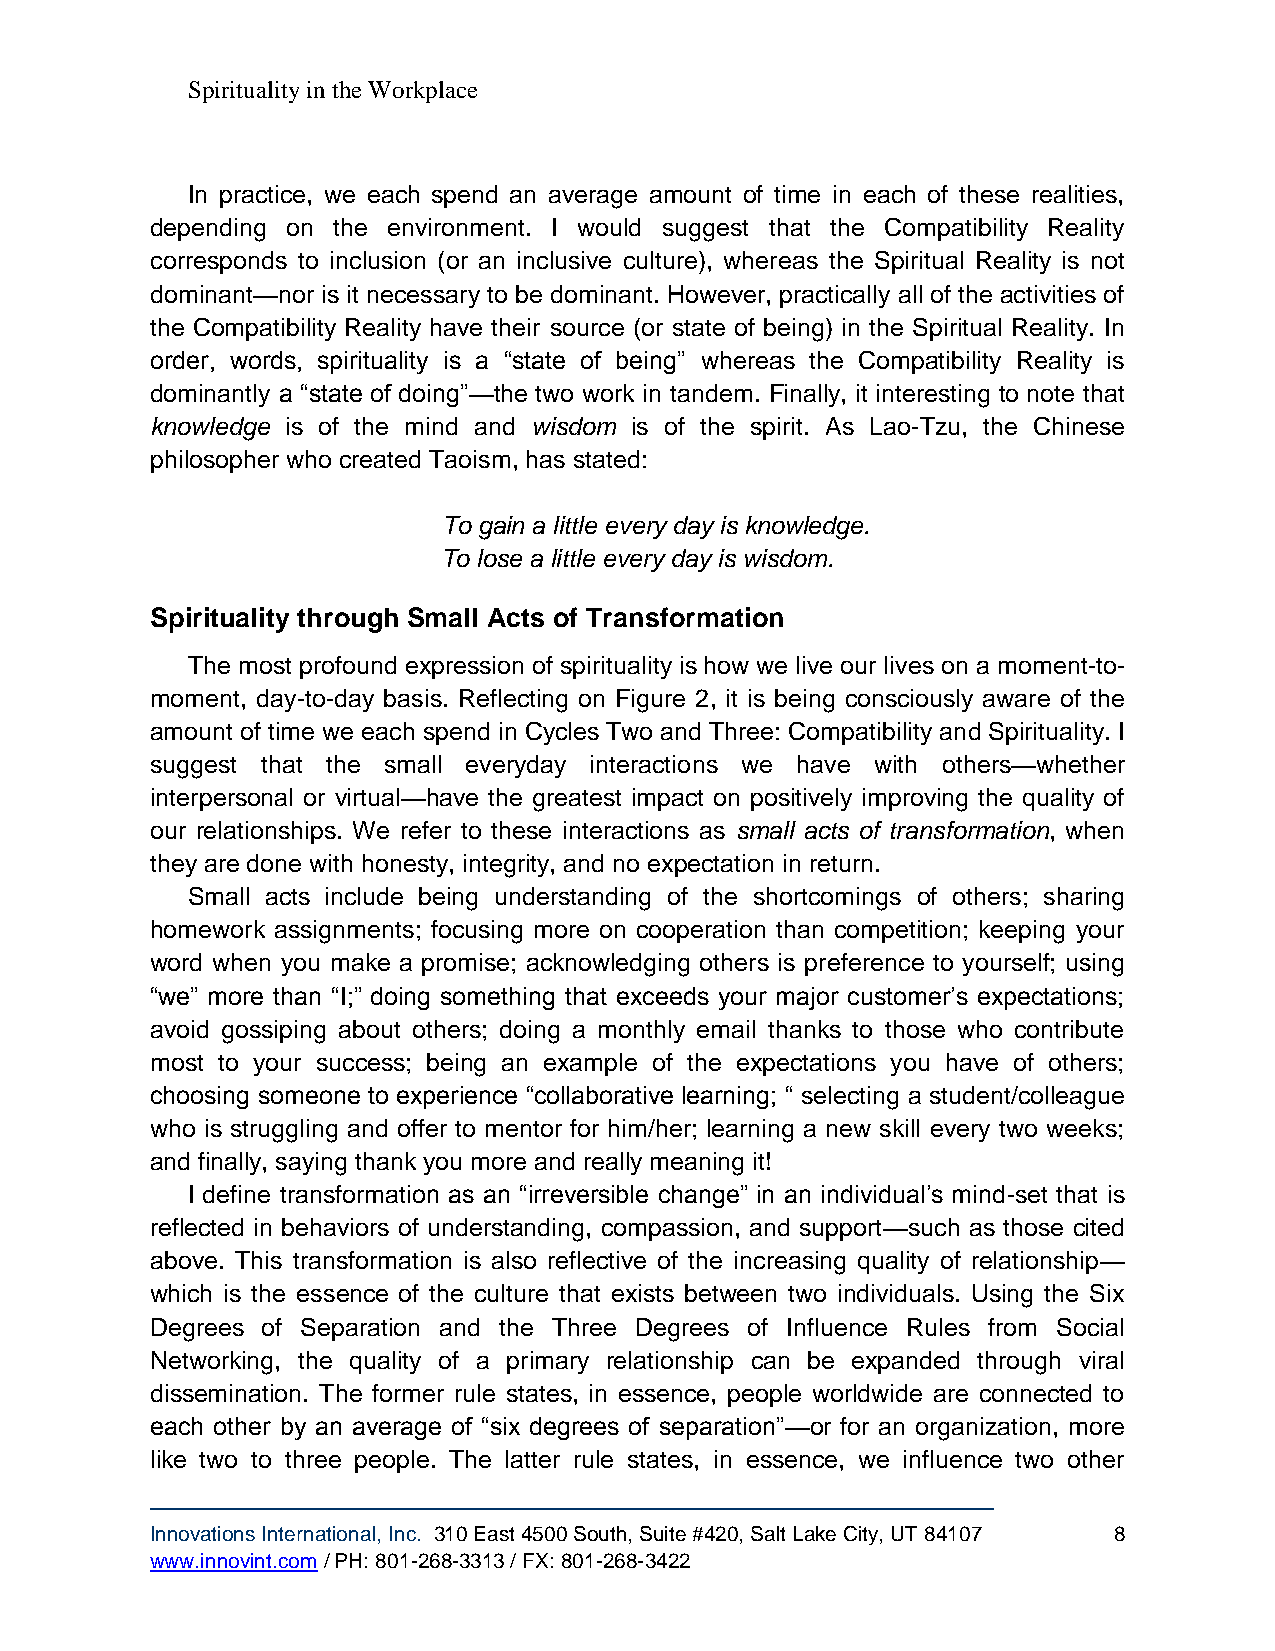
Spirituality in the Workplace
 In practice, we each spend an average amount of time in each of these realities,
 depending on the environment. I would suggest that the Compatibility Reality
 corresponds to inclusion (or an inclusive culture), whereas the Spiritual Reality is not
 dominant—nor is it necessary to be dominant. However, practically all of the activities of
 the Compatibility Reality have their source (or state of being) in the Spiritual Reality. In
 order, words, spirituality is a “state of being” whereas the Compatibility Reality is
 dominantly a “state of doing”—the two work in tandem. Finally, it interesting to note that
 knowledge is of the mind and wisdom is of the spirit. As Lao-Tzu, the Chinese
 philosopher who created Taoism, has stated:
 To gain a little every day is knowledge.
 To lose a little every day is wisdom.
 Spirituality through Small Acts of Transformation
 The most profound expression of spirituality is how we live our lives on a moment-to-
 moment, day-to-day basis. Reflecting on Figure 2, it is being consciously aware of the
 amount of time we each spend in Cycles Two and Three: Compatibility and Spirituality. I
 suggest that the small everyday interactions we have with others—whether
 interpersonal or virtual—have the greatest impact on positively improving the quality of
 our relationships. We refer to these interactions as small acts of transformation, when
 they are done with honesty, integrity, and no expectation in return.
 Small acts include being understanding of the shortcomings of others; sharing
 homework assignments; focusing more on cooperation than competition; keeping your
 word when you make a promise; acknowledging others is preference to yourself; using
 “we” more than “I;” doing something that exceeds your major customer’s expectations;
 avoid gossiping about others; doing a monthly email thanks to those who contribute
 most to your success; being an example of the expectations you have of others;
 choosing someone to experience “collaborative learning; “ selecting a student/colleague
 who is struggling and offer to mentor for him/her; learning a new skill every two weeks;
 and finally, saying thank you more and really meaning it!
 I define transformation as an “irreversible change” in an individual’s mind-set that is
 reflected in behaviors of understanding, compassion, and support—such as those cited
 above. This transformation is also reflective of the increasing quality of relationship—
 which is the essence of the culture that exists between two individuals. Using the Six
 Degrees of Separation and the Three Degrees of Influence Rules from Social
 Networking, the quality of a primary relationship can be expanded through viral
 dissemination. The former rule states, in essence, people worldwide are connected to
 each other by an average of “six degrees of separation”—or for an organization, more
 like two to three people. The latter rule states, in essence, we influence two other
 Innovations International, Inc. 310 East 4500 South, Suite #420, Salt Lake City, UT 84107 8
 www.innovint.com / PH: 801-268-3313 / FX: 801-268-3422